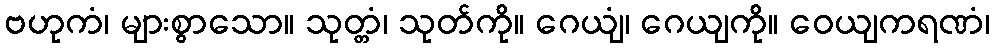
ဗဟုကံ၊ များစွာသော။ သုတ္တံ၊ သုတ်ကို။ ဂေယျံ၊ ဂေယျကို။ ဝေယျကရဏံ၊